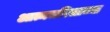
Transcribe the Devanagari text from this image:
आत्मचरित्राच्या